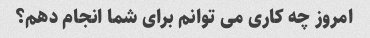
امروز چه کاری می توانم برای شما انجام دهم؟